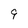
Character: 9